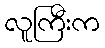
လူကြီးက